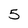
Character: 5